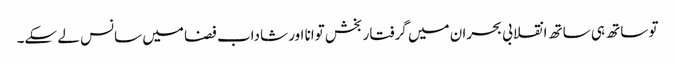
تو ساتھ ہی ساتھ انقلابی بحران میں گرفتار بخش توانا اور شاداب فضا میں سانس لے سکے۔